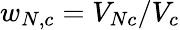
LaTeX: w_{N,c}=V_{Nc}/V_{c}